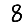
Digit: 8